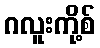
ဂလူးကို့စ်